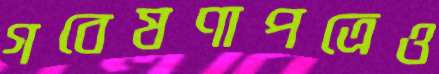
গবেষণাপত্রেও